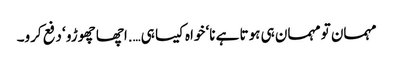
مہمان تو مہمان ہی ہوتا ہے نا‘ خواہ کیسا ہی….اچھا چھوڑو ‘ دفع کرو۔